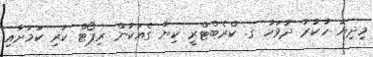
މިދިޔަ ހުކުރު ދުވަހު ގ. ކްރެބްޓްރީ ކިޔާ ގެއަކުން ރިޕޯޓް ކުރި ކަމަށާއި